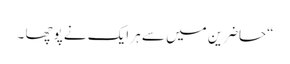
“حاضرین میں سے ہر ایک نے پوچھا ۔